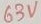
Text: 63V